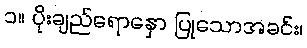
၁။ ပိုးချည်ရောနှော ပြုသောအခင်း၊